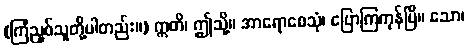
(ကြံညှစ်သူတို့ပါတည်း။) ဣတိ၊ ဤသို့။ အာရောစေသုံ၊ ပြောကြကုန်ပြီ။ သော၊